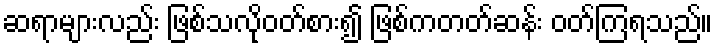
ဆရာများလည်း ဖြစ်သလိုဝတ်စား၍ ဖြစ်ကတတ်ဆန်း ဝတ်ကြရသည်။